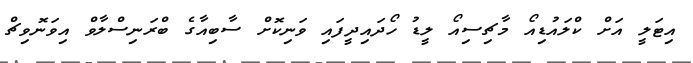
އިޓަލީ އަށް ކްލައުޑިއޯ މާޗިސިއޯ ލީޑު ހޯދައިދީފައި ވަނިކޮށް ސާބިއާގެ ބްރަނިސްލާވް އިވަނޮވިޗް